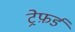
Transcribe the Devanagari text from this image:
ट्रेफ़र्ड